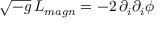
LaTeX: \sqrt { - g } \, { \cal L } _ { m a g n } = - 2 \, \partial _ { i } \partial _ { i } \phi